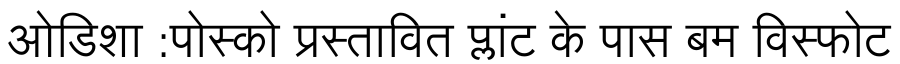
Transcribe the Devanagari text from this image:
ओडिशा :पोस्को प्रस्तावित प्लांट के पास बम विस्फोट